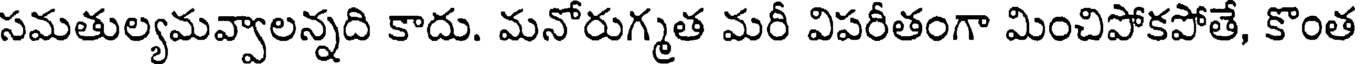
సమతుల్యమవ్వాలన్నది కాదు. మనోరుగ్మత మరీ విపరీతంగా మించిపోకపోతే, కొంత